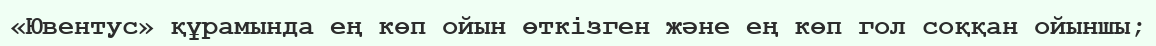
«Ювентус» құрамында ең көп ойын өткізген және ең көп гол соққан ойыншы;